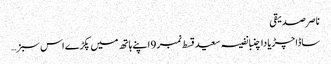
ناصر صدیقی
ساڈا چڑیا دا چنبا نفیسہ سعید قسط نمبر 9 اپنے ہاتھ میں پکڑے اس سبز …